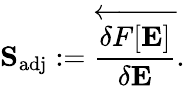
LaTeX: \mathbf{S}_{\mathrm{adj}}:=\overleftarrow{\frac{\delta F[\mathbf{E}]}{\delta\mathbf{E}}}.